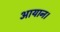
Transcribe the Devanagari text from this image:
आयान।